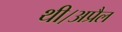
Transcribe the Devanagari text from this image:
थी।अप्रैल